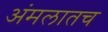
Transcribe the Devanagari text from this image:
अंमलातच